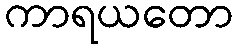
ကာရယတော